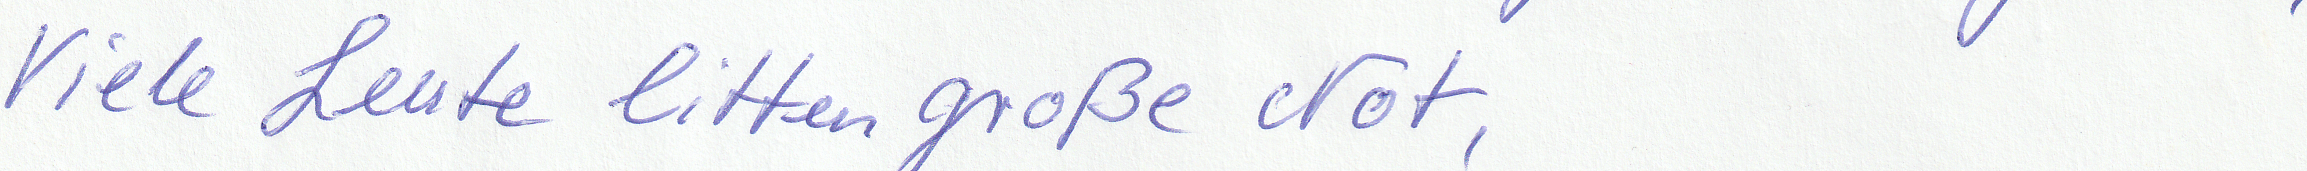
Viele Leute litten große Not,